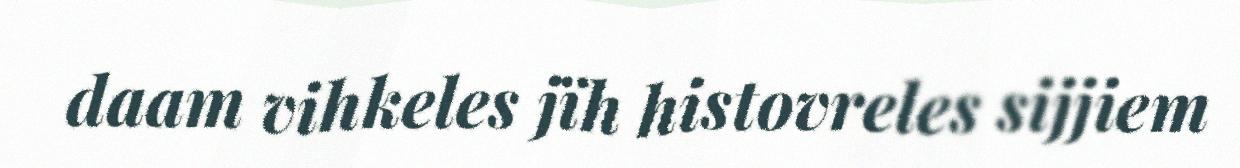
daam vihkeles jïh histovreles sijjiem